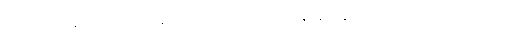
အိမ်ရှင်များနှင့်လည်းတစ်နေ့လုံးနေ၍မှ တစ်ခါမျက်နှာချင်းဆိုင်၍ စကားပြောသည်မရှိ။